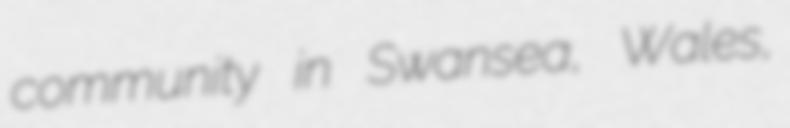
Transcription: community in Swansea, Wales,